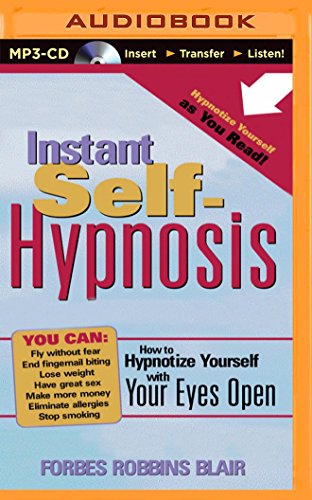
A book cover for Instant Self-Hypnosis: How to Hypnotize Yourself with Your Eyes Open; Forbes Robbins Blair; Health, Fitness & Dieting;